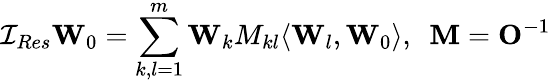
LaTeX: {\cal I}_{Res}{\mathbf W}_{0}=\sum_{k,l=1}^{m}{\mathbf W}_{k}M_{kl}\langle{\mathbf W}_{l},{\mathbf W}_{0}\rangle,~~{\mathbf M}={\mathbf O}^{-1}